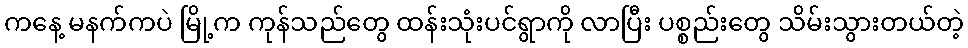
ကနေ့ မနက်ကပဲ မြို့က ကုန်သည်တွေ ထန်းသုံးပင်ရွာကို လာပြီး ပစ္စည်းတွေ သိမ်းသွားတယ်တဲ့